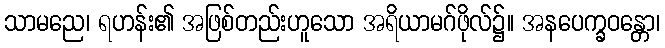
သာမညေ၊ ရဟန်း၏ အဖြစ်တည်းဟူသော အရိယာမဂ်ဖိုလ်၌။ အနပေက္ခဝန္တော၊